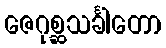
ဇေဂုစ္ဆသင်္ခါတော